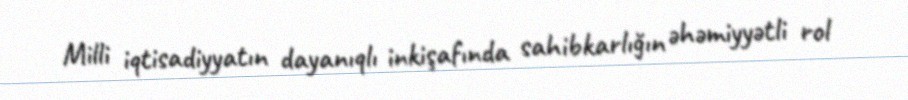
Milli iqtisadiyyatın dayanıqlı inkişafında sahibkarlığın əhəmiyyətli rol